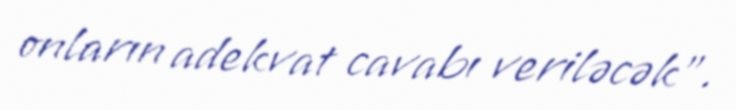
onların adekvat cavabı veriləcək”.